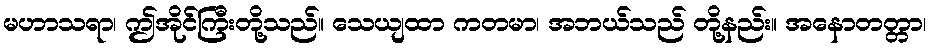
မဟာသရာ၊ ဤအိုင်ကြီးတို့သည်။ သေယျထာ ကတမာ၊ အဘယ်သည် တို့နည်း။ အနောတတ္တာ၊